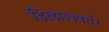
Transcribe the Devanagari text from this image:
हित्झल्स्पर्गर